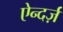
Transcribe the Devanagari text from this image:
ऐन्दर्ज़